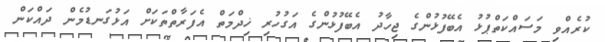
ކުރެއްވި މަސައްކަތްޕުޅު އެބޭފުޅުންގެ ޖިހާދު އެބޭފުޅުންގެ އަގުހުރި ޚިދްމަތް އެފަރާތްތަކަށް އަޅުގަނޑުމެން ދައްކަން